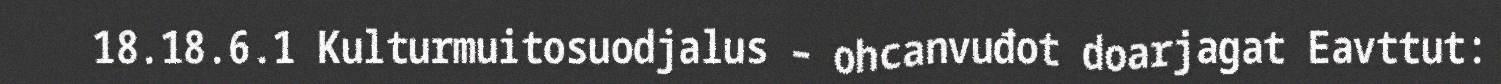
18.18.6.1 Kulturmuitosuodjalus – ohcanvuđot doarjagat Eavttut: